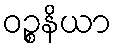
ဝဉ္စနိယာ